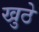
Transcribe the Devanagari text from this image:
खुठे